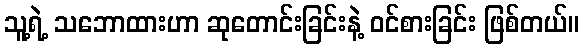
သူ့ရဲ့ သဘောထားဟာ ဆုတောင်းခြင်းနဲ့ ဝင်စားခြင်း ဖြစ်တယ်။